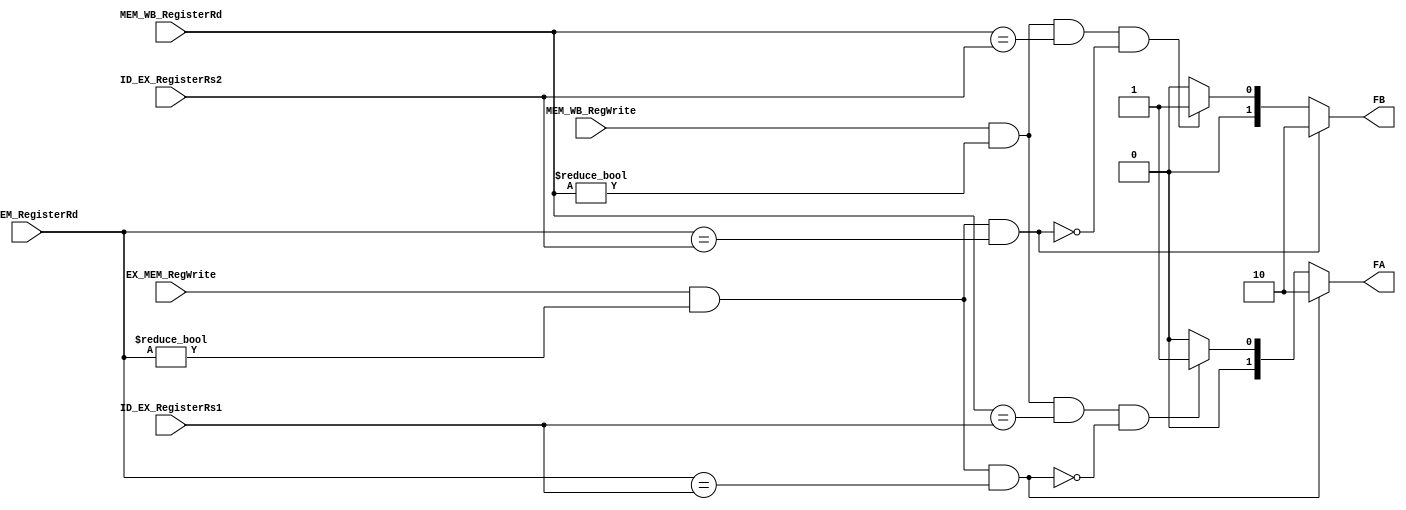
`timescale 1ns / 1ps
//////////////////////////////////////////////////////////////////////////////////
// Company: 
// Engineer: 
// 
// Design Name: 
// Module Name: forwardingUnit
// Project Name: 
// Target Devices: 
// Tool Versions: 
// Description: 
// 
// Dependencies: 
// 
// Revision:
// Revision 0.01 - File Created
// Additional Comments:
// 

/*******************************************************************
*
* Module: forwardingUnit.v
* Project: RV32
* Description: forwarding unit
*

**********************************************************************/
//////////////////////////////////////////////////////////////////////////////////


module forwardingUnit(
input [4:0] ID_EX_RegisterRs1,
input [4:0]ID_EX_RegisterRs2,
input [4:0]EX_MEM_RegisterRd,
input [4:0]MEM_WB_RegisterRd,
input EX_MEM_RegWrite, 
input MEM_WB_RegWrite,
output reg [1:0] FA, FB
    );
    
    
always @(*) begin
  if ( EX_MEM_RegWrite == 1'b1 && (EX_MEM_RegisterRd != 0)&& (EX_MEM_RegisterRd == ID_EX_RegisterRs1)) FA = 2'b10;


else if ( MEM_WB_RegWrite  == 1'b1 && (MEM_WB_RegisterRd != 0)
&& (MEM_WB_RegisterRd == ID_EX_RegisterRs1) &&  !(EX_MEM_RegWrite && (EX_MEM_RegisterRd != 0) && (EX_MEM_RegisterRd == ID_EX_RegisterRs1)) )
FA = 2'b01;

else FA = 2'b00;
 end



 always @(*) begin 
  if ( EX_MEM_RegWrite  == 1'b1 && (EX_MEM_RegisterRd != 0)&& (EX_MEM_RegisterRd == ID_EX_RegisterRs2)) FB = 2'b10;
  else if ( MEM_WB_RegWrite == 1'b1  && (MEM_WB_RegisterRd != 0)
&& (MEM_WB_RegisterRd == ID_EX_RegisterRs2) &&  !(EX_MEM_RegWrite && (EX_MEM_RegisterRd != 0) && (EX_MEM_RegisterRd == ID_EX_RegisterRs2)) )
FB = 2'b01;

else FB = 2'b00;
  end
endmodule